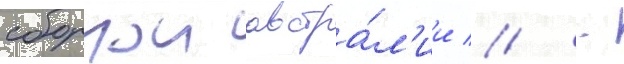
сборнои австра́л'ии // -